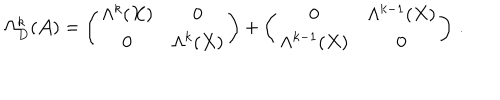
\Omega _ { D } ^ { k } ( { \cal A } ) = \left( \begin{array} { c c } { { \Lambda ^ { k } ( X ) } } & { { 0 } } \\ { { 0 } } & { { \Lambda ^ { k } ( X ) } } \\ \end{array} \right) + \left( \begin{array} { c c } { { 0 } } & { { \Lambda ^ { k - 1 } ( X ) } } \\ { { \Lambda ^ { k - 1 } ( X ) } } & { { 0 } } \\ \end{array} \right) \, .